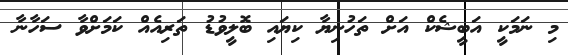
މި ނަމަކީ އަބީޝެކް އަށް ތަހުނިޔާ ކިޔައި ބޮލީވުޑު ތަރިއެއް ކަމަށްވާ ސަހާނާ